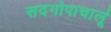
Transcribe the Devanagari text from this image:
सदगोपाचार्लू